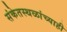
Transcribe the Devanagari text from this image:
संकेतस्थळांच्याही